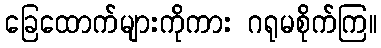
ခြေထောက်များကိုကား ဂရုမစိုက်ကြ။